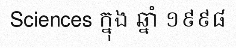
Sciences ក្នុង ឆ្នាំ ១៩៩៨